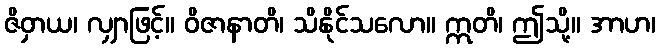
ဇိဝှာယ၊ လျှာဖြင့်။ ဝိဇာနာတိ၊ သိနိုင်သလော။ ဣတိ၊ ဤသို့။ အာဟ၊